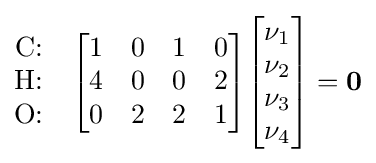
{\begin{matrix}{\text{C:}}\\{\text{H:}}\\{\text{O:}}\end{matrix}}\quad {\begin{bmatrix}1&0&1&0\\4&0&0&2\\0&2&2&1\end{bmatrix}}{\begin{bmatrix}\nu _{1}\\\nu _{2}\\\nu _{3}\\\nu _{4}\end{bmatrix}}=\mathbf {0}